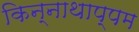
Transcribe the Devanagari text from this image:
किन्नाथाप्पम